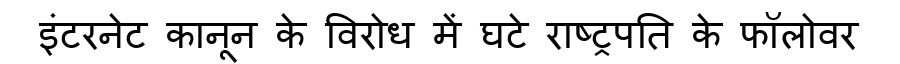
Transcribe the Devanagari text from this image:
इंटरनेट कानून के विरोध में घटे राष्ट्रपति के फॉलोवर